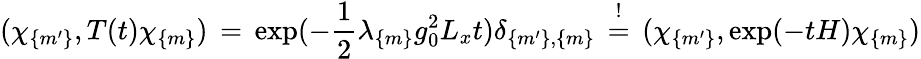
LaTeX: (\chi_{\{ m^{\prime}\} },T(t)\chi_{\{ m\} })\, =\, \exp(-\frac{1}{2}\lambda_{\{ m\} }g_{0}^{2}L_{x}t)\delta_{\{ m^{\prime}\} ,\{ m\} }\, \stackrel{!}{=}\, (\chi_{\{ m^{\prime}\} },\exp(-tH)\chi_{\{ m\} })